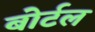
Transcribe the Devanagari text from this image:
बोर्टल